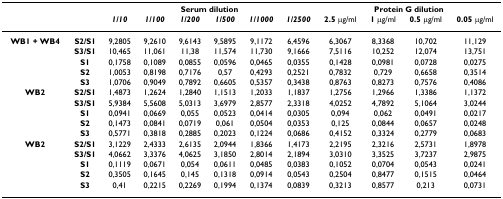
<table><thead><tr><td></td><td></td><td colspan="6"><b>Serum dilution</b></td><td colspan="4"><b>Protein G dilution</b></td></tr><tr><td></td><td></td><td><b><i>1/10</i></b></td><td><b><i>1/100</i></b></td><td><b><i>1/200</i></b></td><td><b><i>1/500</i></b></td><td><b><i>1/1000</i></b></td><td><b><i>1/2500</i></b></td><td><b>2.5 μg/ml</b></td><td><b>1 μg/ml</b></td><td><b>0.5 μg/ml</b></td><td><b>0.05 μg/ml</b></td></tr></thead><tbody><tr><td><b>WB1 + WB4</b></td><td><b>S2/S1</b></td><td>9,2805</td><td>9,2610</td><td>9,6143</td><td>9,5895</td><td>9,1172</td><td>6,4596</td><td>6,3067</td><td>8,3368</td><td>10,702</td><td>11,129</td></tr><tr><td></td><td><b>S3/S1</b></td><td>10,465</td><td>11,061</td><td>11,38</td><td>11,574</td><td>11,730</td><td>9,1666</td><td>7,5116</td><td>10,252</td><td>12,074</td><td>13,751</td></tr><tr><td></td><td><b>S1</b></td><td>0,1758</td><td>0,1089</td><td>0,0855</td><td>0,0596</td><td>0,0465</td><td>0,0355</td><td>0,1428</td><td>0,0981</td><td>0,0728</td><td>0,0275</td></tr><tr><td></td><td><b>S2</b></td><td>1,0053</td><td>0,8198</td><td>0,7176</td><td>0,57</td><td>0,4293</td><td>0,2521</td><td>0,7832</td><td>0,729</td><td>0,6658</td><td>0,3514</td></tr><tr><td></td><td><b>S3</b></td><td>1,0706</td><td>0,9049</td><td>0,7892</td><td>0,6605</td><td>0,5357</td><td>0,3438</td><td>0,8763</td><td>0,8273</td><td>0,7576</td><td>0,4086</td></tr><tr><td><b>WB2</b></td><td><b>S2/S1</b></td><td>1,4873</td><td>1,2624</td><td>1,2840</td><td>1,1513</td><td>1,2033</td><td>1,1837</td><td>1,2756</td><td>1,2966</td><td>1,3386</td><td>1,1372</td></tr><tr><td></td><td><b>S3/S1</b></td><td>5,9384</td><td>5,5608</td><td>5,0313</td><td>3,6979</td><td>2,8577</td><td>2,3318</td><td>4,0252</td><td>4,7892</td><td>5,1064</td><td>3,0244</td></tr><tr><td></td><td><b>S1</b></td><td>0,0941</td><td>0,0669</td><td>0,055</td><td>0,0523</td><td>0,0414</td><td>0,0305</td><td>0,094</td><td>0,062</td><td>0,0491</td><td>0,0217</td></tr><tr><td></td><td><b>S2</b></td><td>0,1473</td><td>0,0841</td><td>0,0719</td><td>0,061</td><td>0,0504</td><td>0,0353</td><td>0,125</td><td>0,0844</td><td>0,0657</td><td>0,0248</td></tr><tr><td></td><td><b>S3</b></td><td>0,5771</td><td>0,3818</td><td>0,2885</td><td>0,2023</td><td>0,1224</td><td>0,0686</td><td>0,4152</td><td>0,3324</td><td>0,2779</td><td>0,0683</td></tr><tr><td><b>WB2</b></td><td><b>S2/S1</b></td><td>3,1229</td><td>2,4333</td><td>2,6135</td><td>2,0944</td><td>1,8366</td><td>1,4173</td><td>2,2195</td><td>2,3216</td><td>2,5731</td><td>1,8978</td></tr><tr><td></td><td><b>S3/S1</b></td><td>4,0662</td><td>3,3376</td><td>4,0625</td><td>3,1850</td><td>2,8014</td><td>2,1894</td><td>3,0310</td><td>3,3525</td><td>3,7237</td><td>2,9875</td></tr><tr><td></td><td><b>S1</b></td><td>0,1119</td><td>0,0671</td><td>0,054</td><td>0,0611</td><td>0,0485</td><td>0,0383</td><td>0,1052</td><td>0,0704</td><td>0,0543</td><td>0,0241</td></tr><tr><td></td><td><b>S2</b></td><td>0,3505</td><td>0,1645</td><td>0,145</td><td>0,1318</td><td>0,0914</td><td>0,0543</td><td>0,2504</td><td>0,8477</td><td>0,1515</td><td>0,0464</td></tr><tr><td></td><td><b>S3</b></td><td>0,41</td><td>0,2215</td><td>0,2269</td><td>0,1994</td><td>0,1374</td><td>0,0839</td><td>0,3213</td><td>0,8577</td><td>0,213</td><td>0,0731</td></tr></tbody></table>